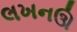
લખનઊ